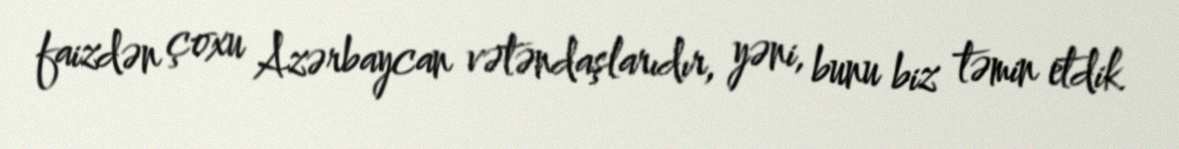
faizdən çoxu Azərbaycan vətəndaşlarıdır, yəni, bunu biz təmin etdik.